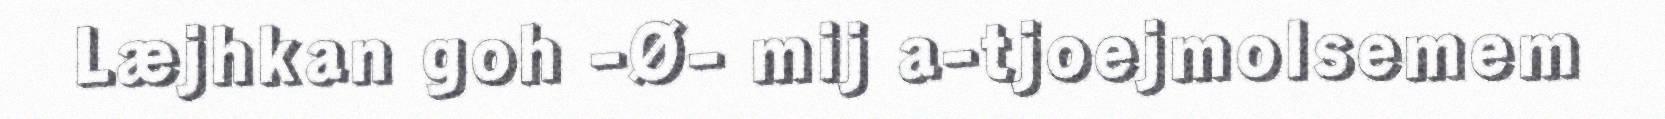
Læjhkan goh -Ø- mij a-tjoejmolsemem